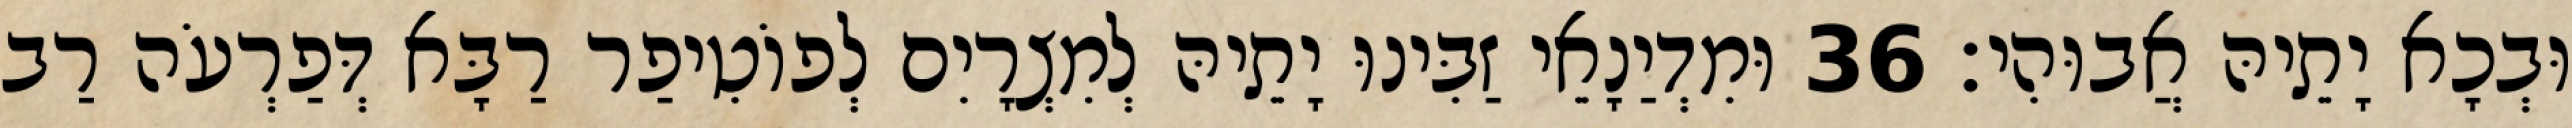
וּבְכָא יָתֵיהּ אֲבוּהִי׃ 36 וּמִדְיַנָאֵי זַבִּינוּ יָתֵיהּ לְמִצְרָיִם לְפוֹטִיפַר רַבָּא דְּפַרְעֹה רַב